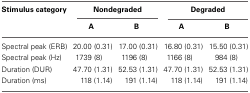
<table><thead><tr><td><b>Stimulus category</b></td><td colspan="2"><b>Nondegraded</b></td><td colspan="2"><b>Degraded</b></td></tr><tr><td></td><td><b>A</b></td><td><b>B</b></td><td><b>A</b></td><td><b>B</b></td></tr></thead><tbody><tr><td>Spectral peak (ERB)</td><td>20.00 (0.31)</td><td>17.00 (0.31)</td><td>16.80 (0.31)</td><td>15.50 (0.31)</td></tr><tr><td>Spectral peak (Hz)</td><td>1739 (8)</td><td>1196 (8)</td><td>1166 (8)</td><td>984 (8)</td></tr><tr><td>Duration (DUR)</td><td>47.70 (1.31)</td><td>52.53 (1.31)</td><td>47.70 (1.31)</td><td>52.53 (1.31)</td></tr><tr><td>Duration (ms)</td><td>118 (1.14)</td><td>191 (1.14)</td><td>118 (1.14)</td><td>191 (1.14)</td></tr></tbody></table>